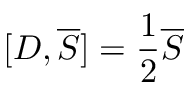
[ D , { \overline { { S } } } ] = { \frac { 1 } { 2 } } { \overline { { S } } }